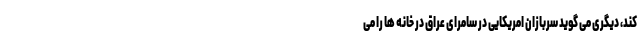
کند، دیگری می گوید سربازان امریکایی در سامرای عراق در خانه ها را می